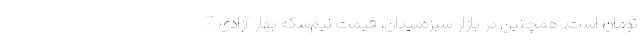
تومان است. همچنین در بازار سبزه‌میدان، قیمت نیم‌سکه بهار آزادی 7